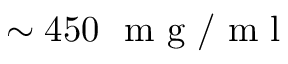
\sim 4 5 0 ~ \mathrm { ~ m ~ g ~ / ~ m ~ l ~ }